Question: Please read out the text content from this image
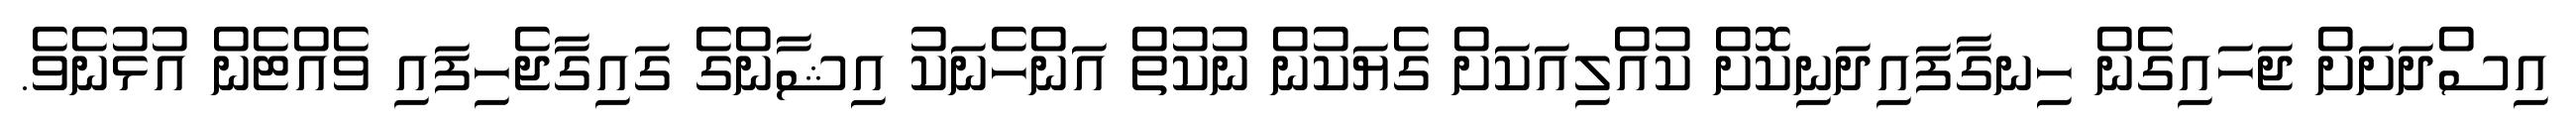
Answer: އިސްދަށަށް ޖަހައިގެން ހިނގާފައިދަނިކޮށް ކުއްލިއަކަށް ގެޔަކުން ނުކުތް އަންހެނަކު އިޝާންގެ ގައިގާޖެހިފައި ވެއްޓެން އުޅުނެވެ.